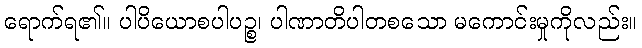
ရောက်ရ၏။ ပါပိယောစပါပဉ္စ၊ ပါဏာတိပါတစသော မကောင်းမှုကိုလည်း။